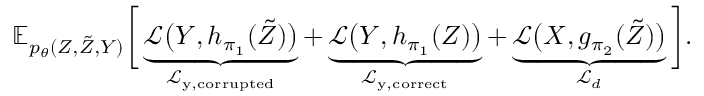
\mathbb { E } _ { p _ { \theta } ( Z , \tilde { Z } , Y ) } \bigg [ \underbrace { \mathcal { L } \big ( Y , h _ { \pi _ { 1 } } ( \tilde { Z } ) \big ) } _ { \mathcal { L } _ { \mathrm { y , c o r r u p t e d } } } + \underbrace { \mathcal { L } \big ( Y , h _ { \pi _ { 1 } } ( Z ) \big ) } _ { \mathcal { L } _ { \mathrm { y , c o r r e c t } } } + \underbrace { \mathcal { L } \big ( X , g _ { \pi _ { 2 } } ( \tilde { Z } ) \big ) } _ { \mathcal { L } _ { d } } \bigg ] .